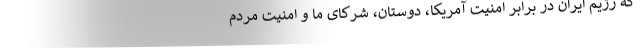
که رژیم ایران در برابر امنیت آمریکا، دوستان، شرکای ما و امنیت مردم